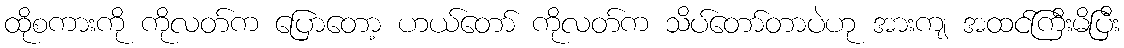
ထိုစကားကို ကိုလတ်က ပြောတော့ ဟယ်တော် ကိုလတ်က သိပ်တော်တာပဲဟု အားကျ အထင်ကြီးမိပြီး